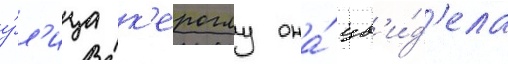
у́л'ица к'ероглу она́ ув'и́д'ела